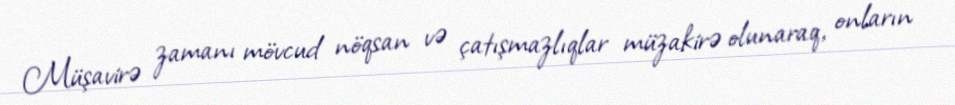
Müşavirə zamanı mövcud nöqsan və çatışmazlıqlar müzakirə olunaraq, onların